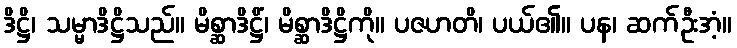
ဒိဋ္ဌိ၊ သမ္မာဒိဋ္ဌိသည်။ မိစ္ဆာဒိဋ္ဌိံ၊ မိစ္ဆာဒိဋ္ဌိကို။ ပဇဟတိ၊ ပယ်၏။ ပန၊ ဆက်ဦးအံ့။